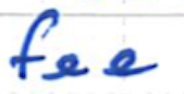
Text: fee
Cross-out: clean
Writing tool: ballpoint